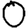
Digit: 0